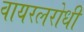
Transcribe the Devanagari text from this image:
वायरलरोधी